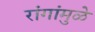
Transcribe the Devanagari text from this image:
रांगांमुळे